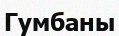
Гумбаны